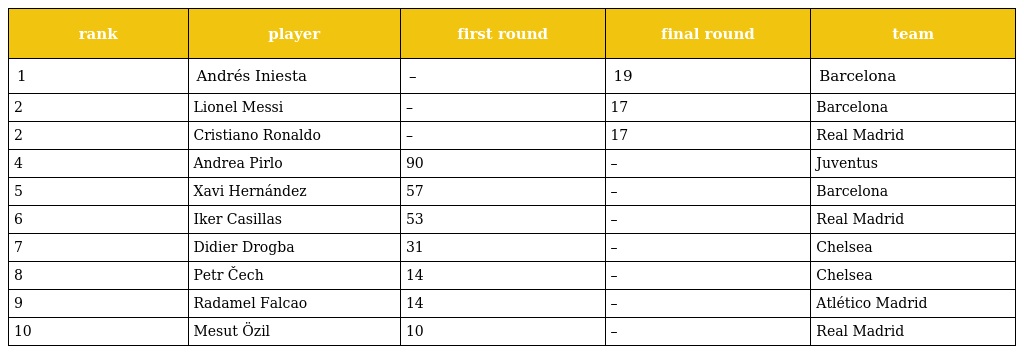
| rank | player | first round | final round | team |
 | --- | --- | --- | --- | --- |
 | 1 | Andrés Iniesta | – | 19 | Barcelona |
 | 2 | Lionel Messi | – | 17 | Barcelona |
 | 2 | Cristiano Ronaldo | – | 17 | Real Madrid |
 | 4 | Andrea Pirlo | 90 | – | Juventus |
 | 5 | Xavi Hernández | 57 | – | Barcelona |
 | 6 | Iker Casillas | 53 | – | Real Madrid |
 | 7 | Didier Drogba | 31 | – | Chelsea |
 | 8 | Petr Čech | 14 | – | Chelsea |
 | 9 | Radamel Falcao | 14 | – | Atlético Madrid |
 | 10 | Mesut Özil | 10 | – | Real Madrid |